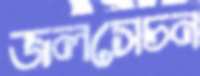
জলসেচন